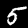
Digit: 5